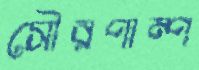
সৌরপাম্প